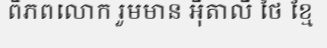
ពិភពលោក រួមមាន អ៊ីតាលី ថៃ ខ្មែ